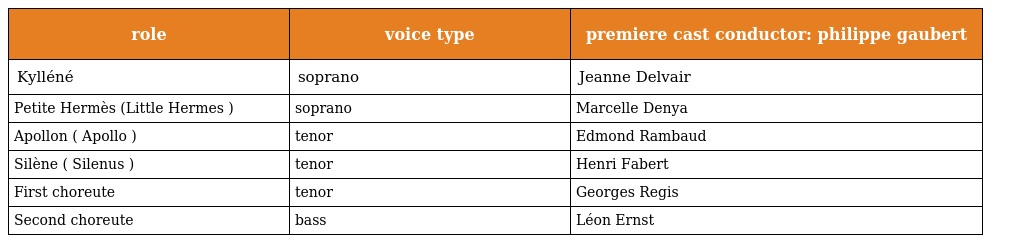
| role | voice type | premiere cast conductor: philippe gaubert |
 | --- | --- | --- |
 | Kylléné | soprano | Jeanne Delvair |
 | Petite Hermès (Little Hermes ) | soprano | Marcelle Denya |
 | Apollon ( Apollo ) | tenor | Edmond Rambaud |
 | Silène ( Silenus ) | tenor | Henri Fabert |
 | First choreute | tenor | Georges Regis |
 | Second choreute | bass | Léon Ernst |